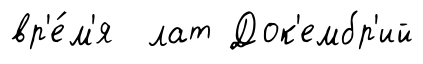
вр'е́м'я лат Док'ембр'ий